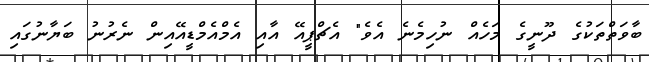
ބާވަތްތަކުގެ ދޫނީގެ މަހެއް ނުހިމެނެ އެވެ" އެޗްޕީއޭ އާއި އެމްއެމްޑީއޭއިން ނެރުނު ބަޔާނުގައި